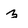
Character: z